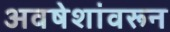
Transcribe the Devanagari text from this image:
अवषेशांवरून